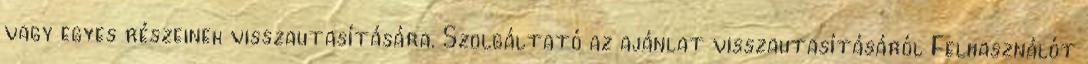
vagy egyes részeinek visszautasítására. Szolgáltató az ajánlat visszautasításáról Felhasználót